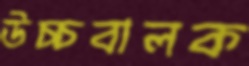
উচ্চবালক